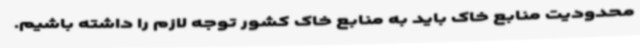
محدودیت منابع خاک باید به منابع خاک کشور توجه لازم را داشته باشیم.